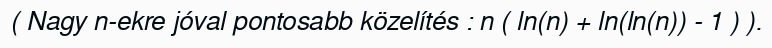
( Nagy n-ekre jóval pontosabb közelítés : n ( ln(n) + ln(ln(n)) - 1 ) ).